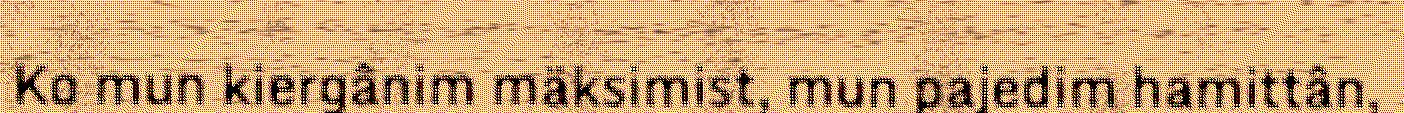
Ko mun kiergânim mäksimist, mun pajedim hamittân,